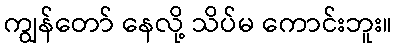
ကျွန်တော် နေလို့ သိပ်မ ကောင်းဘူး။